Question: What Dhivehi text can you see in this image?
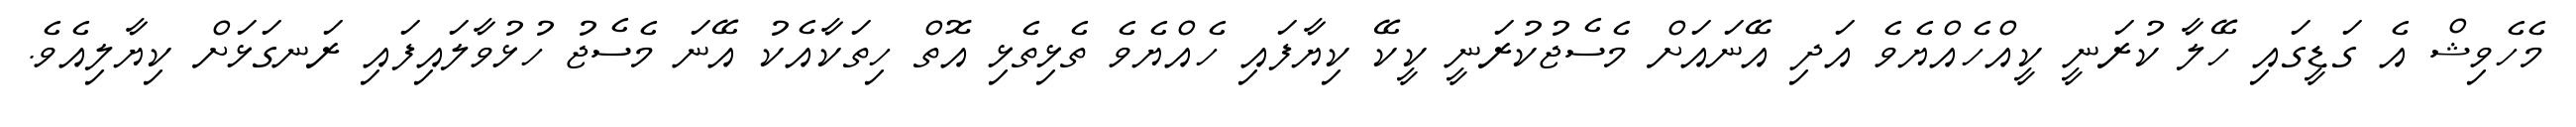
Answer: މެހެވިޝް އެ ގަޑީގައި ހޭލާ ކުރަނީ ކީއްހެއްޔެވެ އަދި އޭނައަށް މެސެޖުކުރަނީ ކީކޭ ކިޔާފައި ހެއްޔެވެ ތެޅިތެޅި އޮތް ހިތަކާއެކު އޭނަ މެސެޖު ހުޅުވާލައިފައި ރަނގަޅަށް ކިޔާލިއެވެ.